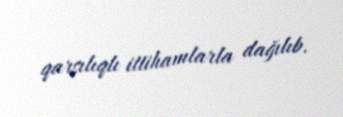
qarşılıqlı ittihamlarla dağılıb.